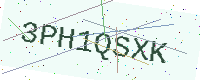
Text: 3PH1QSXK